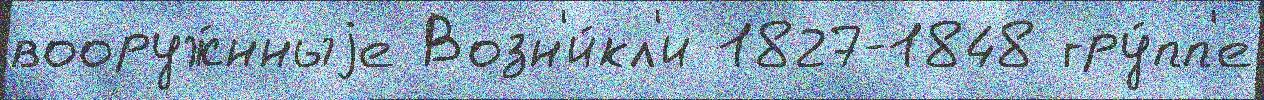
вооруж́нныjе Возн'и́кл'и 1827-1848 гру́пп'е